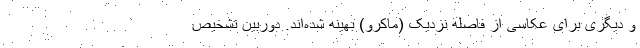
و دیگری برای عکاسی از فاصله نزدیک (ماکرو) بهینه شده‌اند. دوربین تشخیص